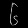
Digit: ၆